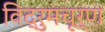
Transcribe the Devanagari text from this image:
विद्रुमचूर्ण